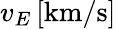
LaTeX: v_{E}\, [\mathrm{km}/\mathrm{s}]